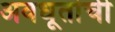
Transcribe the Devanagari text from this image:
अवधूतांची